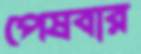
পেষবার